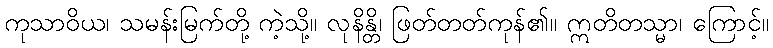
ကုသာဝိယ၊ သမန်းမြက်တို့ ကဲ့သို့။ လုနိန္တိ၊ ဖြတ်တတ်ကုန်၏။ ဣတိတသ္မာ၊ ကြောင့်။